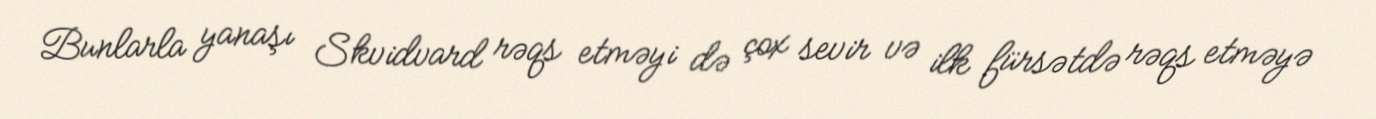
Bunlarla yanaşı Skvidvard rəqs etməyi də çox sevir və ilk fürsətdə rəqs etməyə